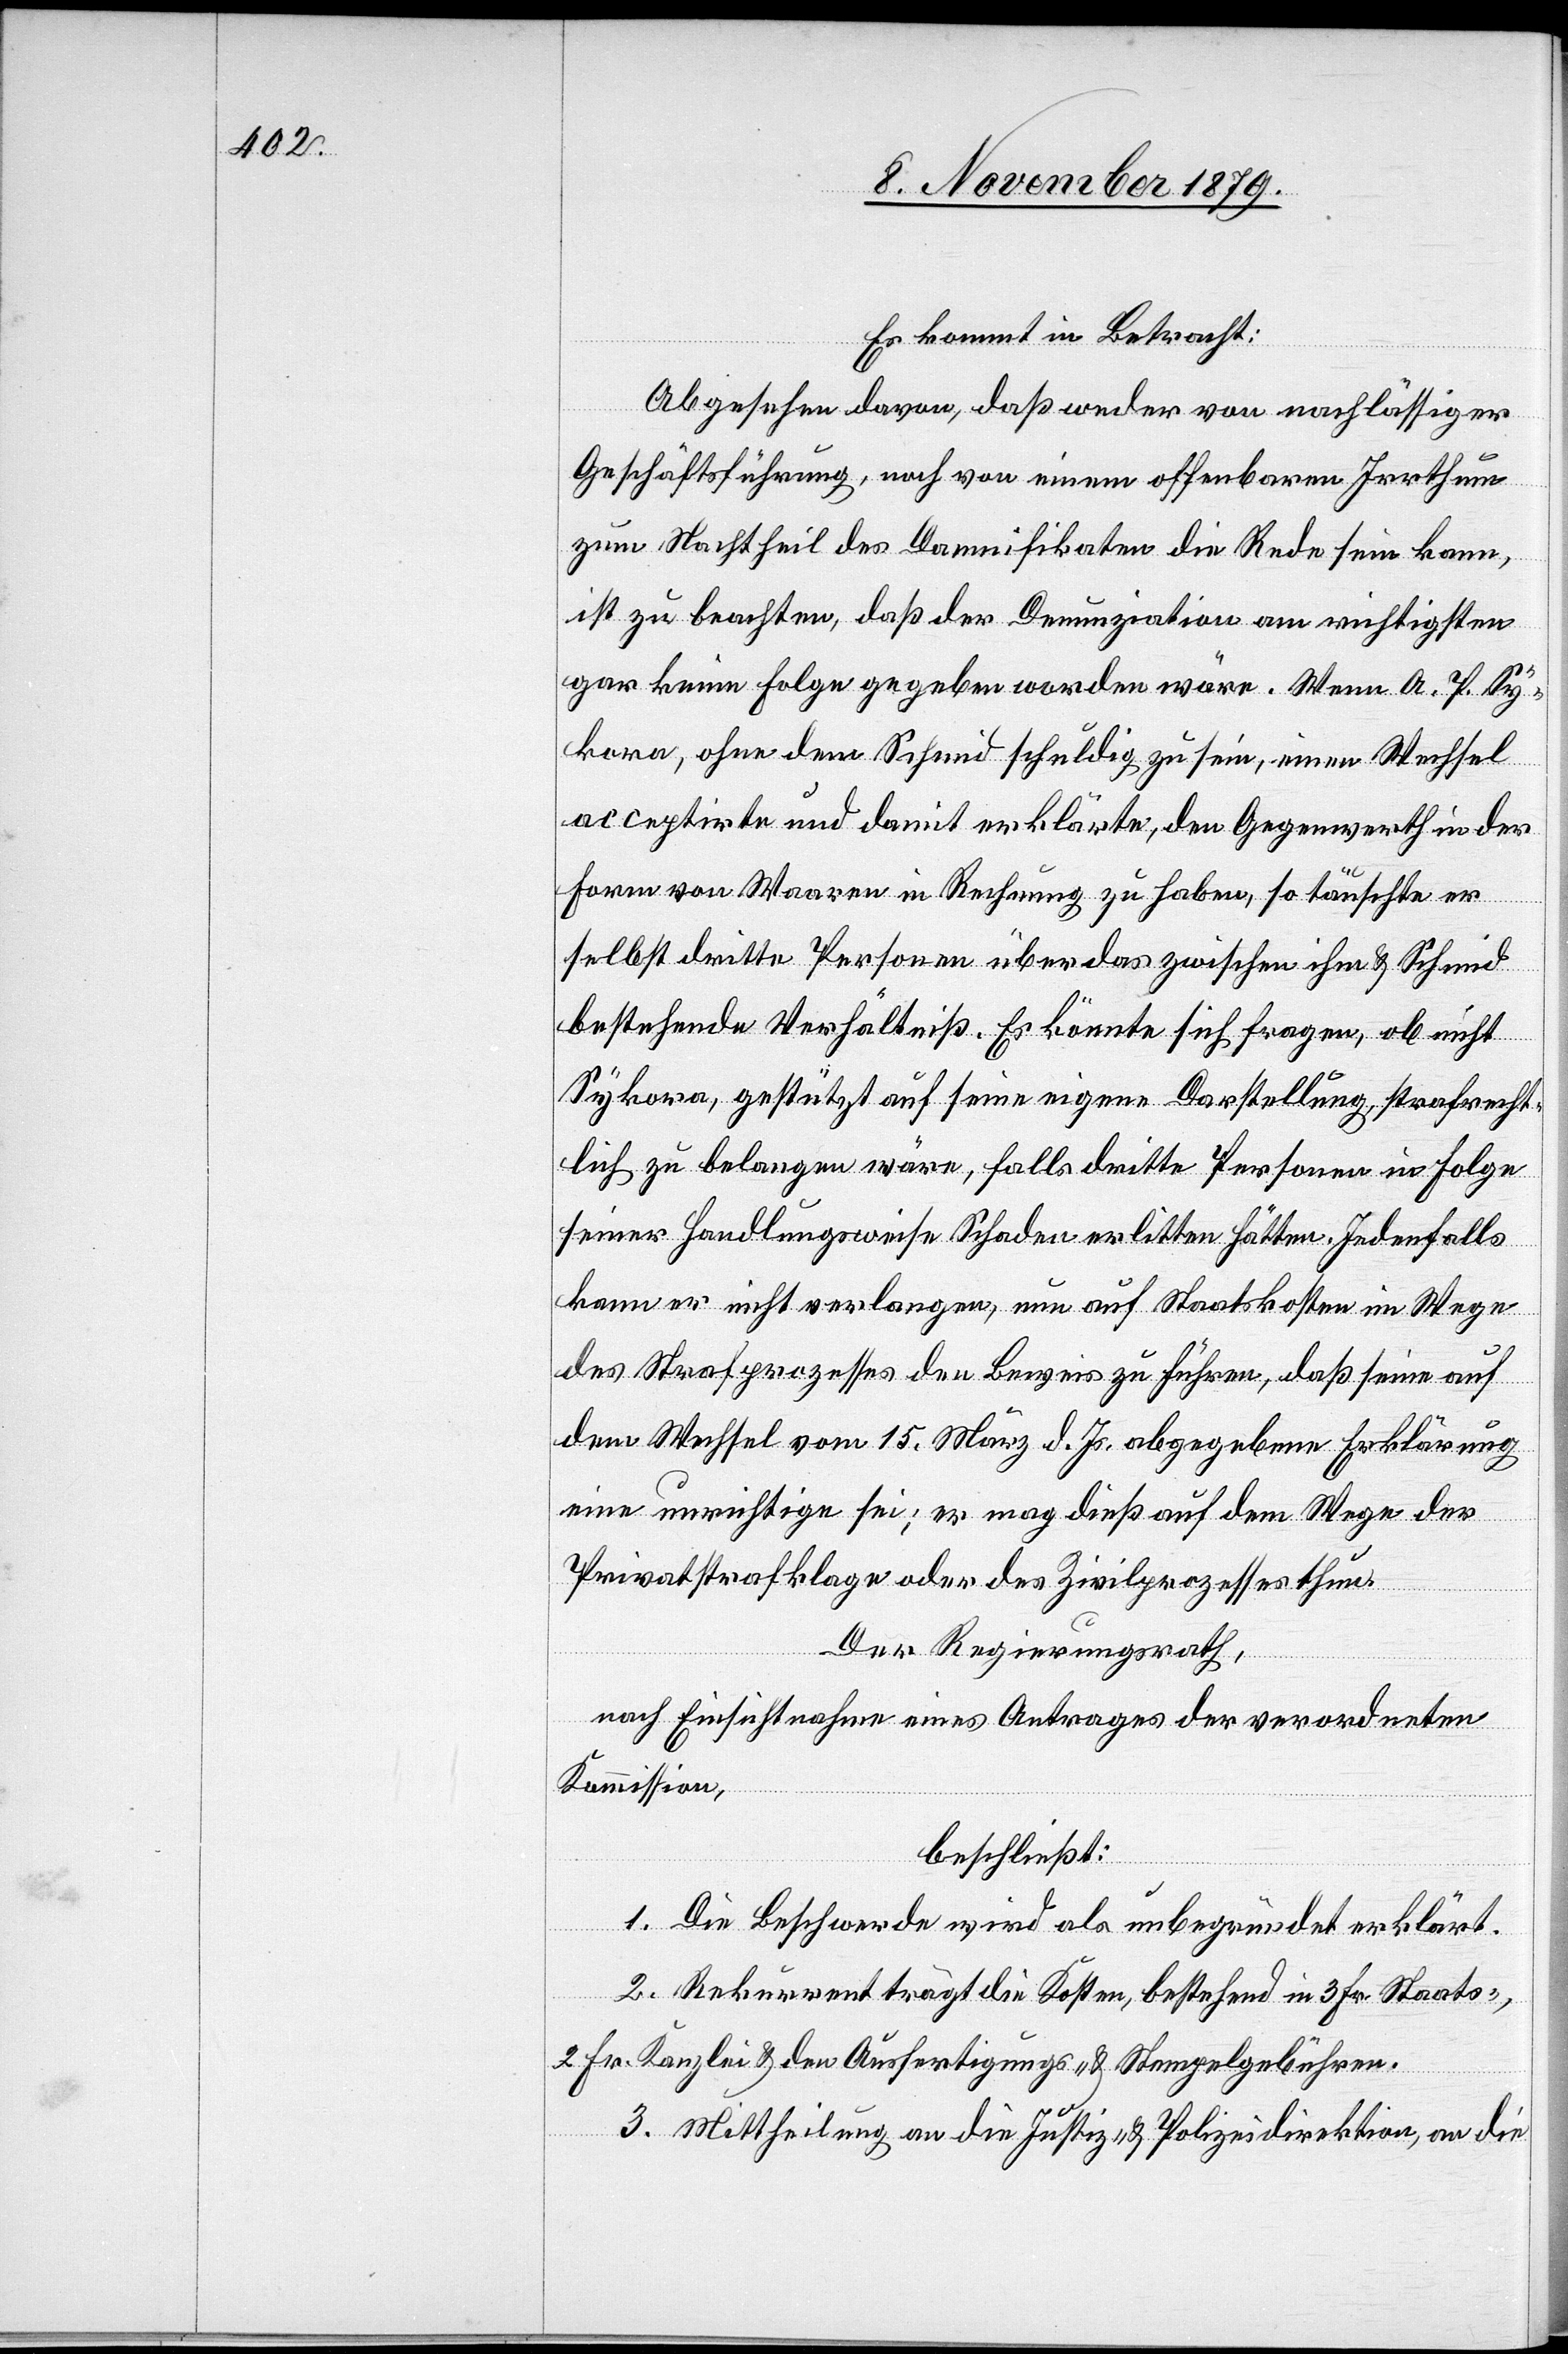
Es kommt in Betracht:
Abgesehen davon, daß weder von nachlässiger
Geschäftsführung, noch von einem offenbaren Irrthum
zum Nachtheil des Damnifikaten die Rede sein kann,
ist zu beachten, daß der Denunziation am richtigsten
gar keine Folge gegeben worden wäre. Wenn P. A Sy¬
kora, ohne dem Schmid schuldig zu sein, einen Wechsel
acceptirte und damit erklärte, den Gegenwerth in der
Form von Waaren in Rechnung zu haben, so täuschte er
selbst dritte Personen über das zwischen ihm & Schmid
bestehende Verhältniß. Es könnte sich fragen, ob nicht
Sykora, gestützt auf seine eigene Darstellung, strafrecht¬
lich zu belangen wäre, falls dritte Personen in Folge
seiner Handlungsweise Schaden erlitten hätten. Jedenfalls
kann er nicht verlangen, nun auf Staatskosten im Wege
des Strafprozesses den Beweis zu führen, daß seine auf
den Wechsel vom 15. März d. Js. abgegebene Erklärung
eine unrichtige sei; er mag dieß auf dem Wege der
Privatstrafklage oder des Zivilprozesses thun.
Der Regierungsrath,
nach Einsicht eines Antrages der verordneten
Kommission,
beschließt:
1. Die Beschwerde wird als unbegründet erklärt.
2. Rekurrent trägt die Kosten, bestehend in 3 Fr. Staats-,
2 Fr. Kanzlei- & den Ausfertigungs- & Stempelgebühren.
3. Mittheilung an die Justiz- & Polizeidirektion, an die